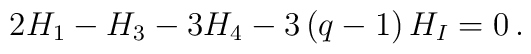
2H_1-H_3-3H_4-3\left(q-1\right)H_I=0\,.